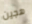
هجين